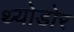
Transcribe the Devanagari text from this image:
थ्योडोर